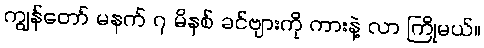
ကျွန်တော် မနက် ၇ မိနစ် ခင်ဗျားကို ကားနဲ့ လာ ကြိုမယ်။